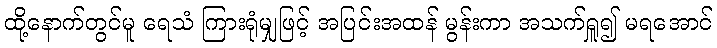
ထို့နောက်တွင်မူ ရေသံ ကြားရုံမျှဖြင့် အပြင်းအထန် မွန်းကာ အသက်ရှူ၍ မရအောင်